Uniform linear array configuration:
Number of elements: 8
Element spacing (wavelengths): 0.25
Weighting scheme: kaiser
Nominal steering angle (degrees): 15
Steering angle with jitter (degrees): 13.27
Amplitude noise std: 0.05
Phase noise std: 0.05

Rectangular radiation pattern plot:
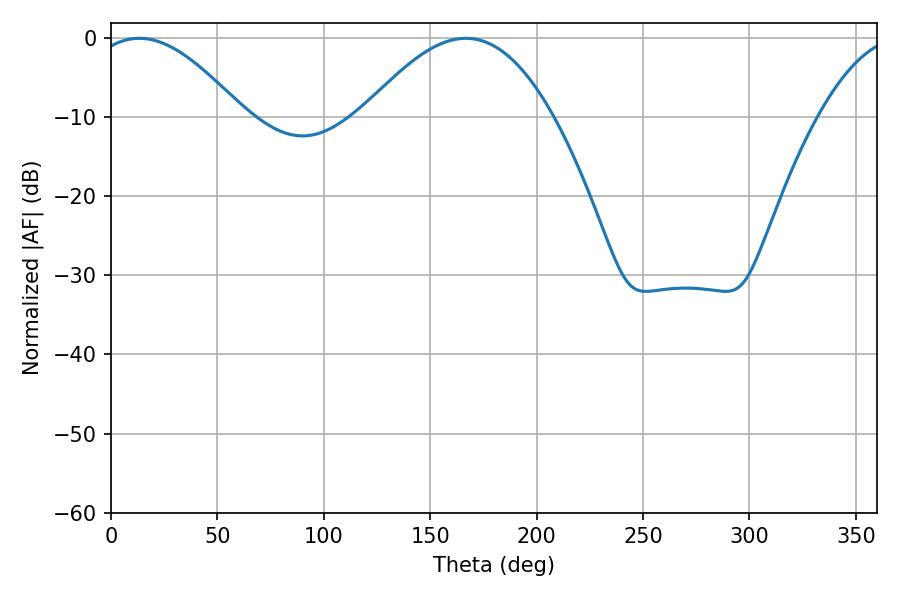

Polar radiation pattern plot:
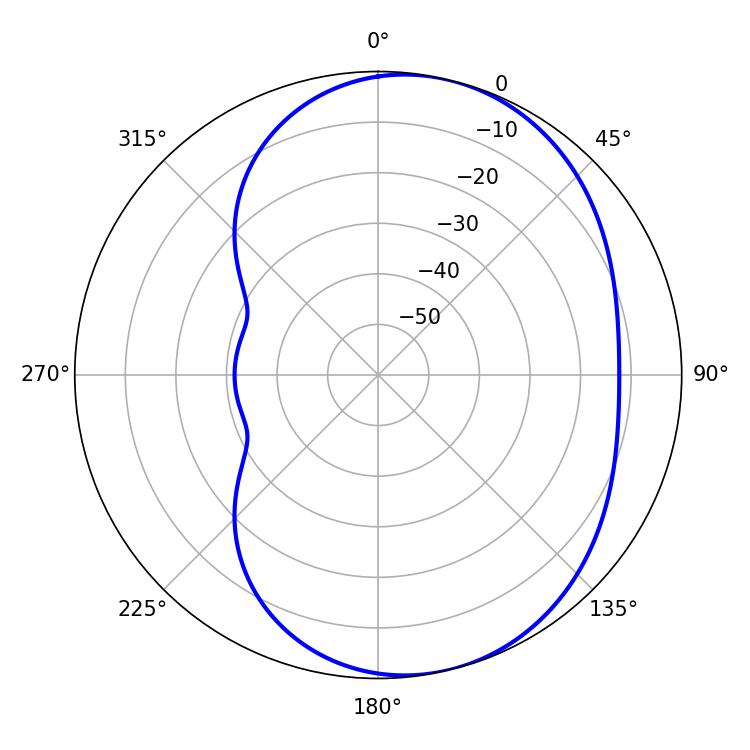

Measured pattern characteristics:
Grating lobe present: FALSE
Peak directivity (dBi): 5.9
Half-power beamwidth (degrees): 38.88
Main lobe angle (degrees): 13.32